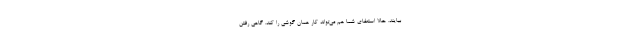
بیایند. حالا استعفای شما هم می‌تواند کار همان گوشی را کند. گاهی رفتن